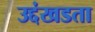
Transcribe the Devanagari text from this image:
उद्दंखडता